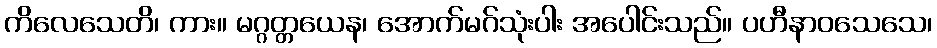
ကိလေသေတိ၊ ကား။ မဂ္ဂတ္တယေန၊ အောက်မဂ်သုံးပါး အပေါင်းသည်။ ပဟီနာဝသေသေ၊